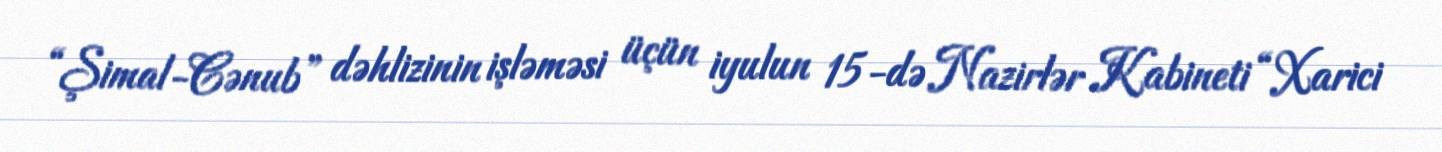
“Şimal-Cənub” dəhlizinin işləməsi üçün iyulun 15-də Nazirlər Kabineti “Xarici